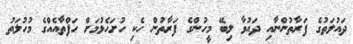
ދައުލަތުގެ ފަރާތުންނާއި ދައުވާ ލިބޭ މީހުންގެ ފަރާތުން ހެކި ހުށަހެޅުމަށް ހަފްތާއެއްގެ މުހުލަތު